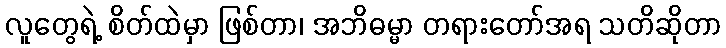
လူတွေရဲ့ စိတ်ထဲမှာ ဖြစ်တာ၊ အဘိဓမ္မာ တရားတော်အရ သတိဆိုတာ